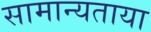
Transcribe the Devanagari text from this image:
सामान्यताया